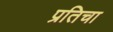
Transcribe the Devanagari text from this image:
प्रतिचा